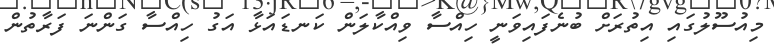
މިއުސޫލުގައި އިތުރަށް ބުނެފައިވަނީ ހިއްސާ ވިއްކާލަން ކަނޑައަޅާ އަގު ހިއްސާ ގަންނަ ފަރާތުން